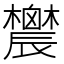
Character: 𨑋